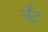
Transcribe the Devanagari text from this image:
नँँट